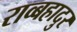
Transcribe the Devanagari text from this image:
राव्बहादुर